Vaccine operations Central Provinces 1868-1885 - 1868-1885
Year: 1868
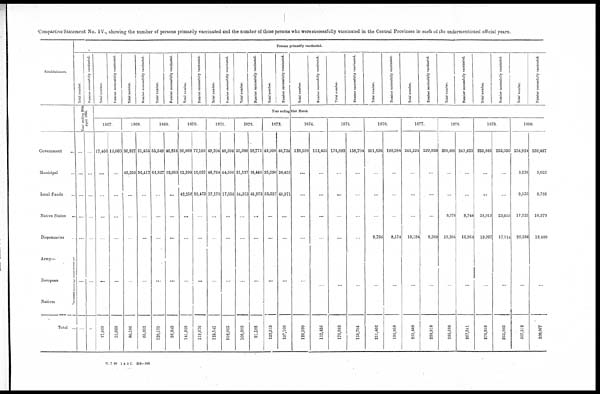
Compartive Statement No. IV., showing the number of persons primarily vaccinated and the number of those persons who Were successfully vaccinated in the Central Provinces in each of the undermentioned official years.
Establishment.
Government... ...
Municipal... ...
Local Funds... ...
Native States... ...
Dispensaries... ...
Army—
European...
...
Natives...
...
Persons primarily Vaccinated.
Total number.
Number successfully vaccinated.
Year ending 30th
April 1866.
...
...
...
...
...
...
...
...
...
...
...
...
Total...
...
...
Total number.
Number successfully vaccinated.
Total number.
Number successfully vaccinated.
Total number.
Number successfully vaccinated.
Total number.
Number successfully vaccinated.
Total number.
Number successfully vaccinated.
Total number.
Number successfully vaccinated.
Total number.
Number successfully vaccinated.
Total number.
Number successfully vaccinated.
Total number.
Number successfully vaccinated.
Total number.
Number successfully vaccinated.
Total number.
Number successfully vaccinated.
Total number.
Number successfully vaccinated.
Total number.
Number successfully vaccinated.
Total number.
Number successfully vaccinated.
Year ending 31st March
1867.
17,466
...
...
...
...
...
17,466
15,060
...
...
...
...
...
15,060
1868.
36,927
43,259
...
...
...
...
80,186
31,435
34,417
...
...
...
...
65,852
1869.
55,348
64,827
...
...
...
...
120,175
46,816
52,033
...
...
...
...
98,849
1870.
86,669
12,299
42,258
...
...
...
141,226
77,166
10,037
32,473
...
...
...
119,676
1871.
49,204
48,764
27,173
...
...
...
125,141
40,394
44,606
17,035
...
...
...
102,035
1872.
33,380
21,127
54,373
...
...
...
108,880
28,775
16,440
45,973
...
...
...
91,188
1873.
45,098
25,090
53,327
...
...
...
123,515
40,734
20,455
45,971
...
...
...
107,160
1874.
128,590
...
...
...
...
...
128,590
112,435
...
...
...
...
...
112,435
1875.
176,893
...
...
...
...
...
176,893
158,704
...
...
...
...
...
158,704
1876.
201,636
...
...
...
9,766
...
211,402
188,384
...
...
...
8,574
...
196,958
1877.
245,224
...
...
...
10,184
...
255,408
229,930
...
...
...
8,988
...
238,918
1878.
260,408
...
...
8,976
19,304
...
288,688
241,633
...
...
8,744
16,964
...
267,341
1879.
235,846
...
...
24,015
19,097
...
278,958
223,036
...
...
23,653
17,114
...
263,803
1880.
254,824
5,238
9,535
17,229
20,386
...
307,212
239,497
5,023
8,788
16,579
18,480
...
288,367
21 7 80 1 & 3 C. 333-260